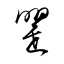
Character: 罌